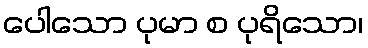
ပေါသော ပုမာ စ ပုရိသော၊